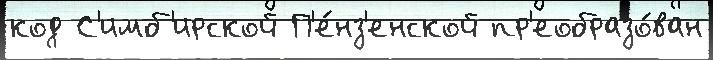
код С'имб'ирской П'е́нз'енской пр'еобразо́ван